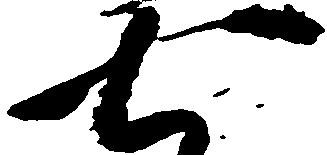
七